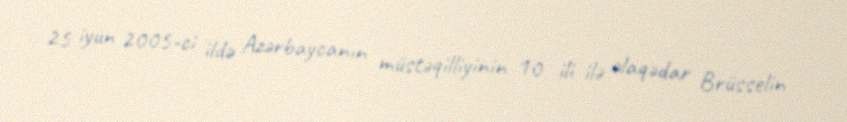
25 iyun 2005-ci ildə Azərbaycanın müstəqilliyinin 10 ili ilə əlaqədar Brüsselin